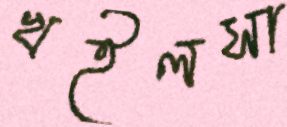
খইলসা